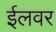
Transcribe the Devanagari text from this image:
ईलवर